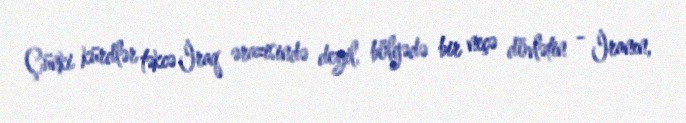
Çünki kürdlər təkcə İraq ərazisində deyil, bölgədə bir neçə dövlətin - İranın,